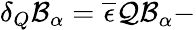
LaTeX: \delta_{Q}\mathcal{B}_{\alpha}=\overline{{{\epsilon}}}\mathcal{QB}_{\alpha}-